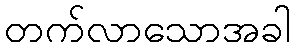
တက်လာသောအခါ